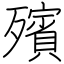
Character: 殯